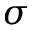
\sigma